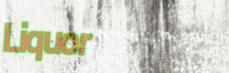
Liquor